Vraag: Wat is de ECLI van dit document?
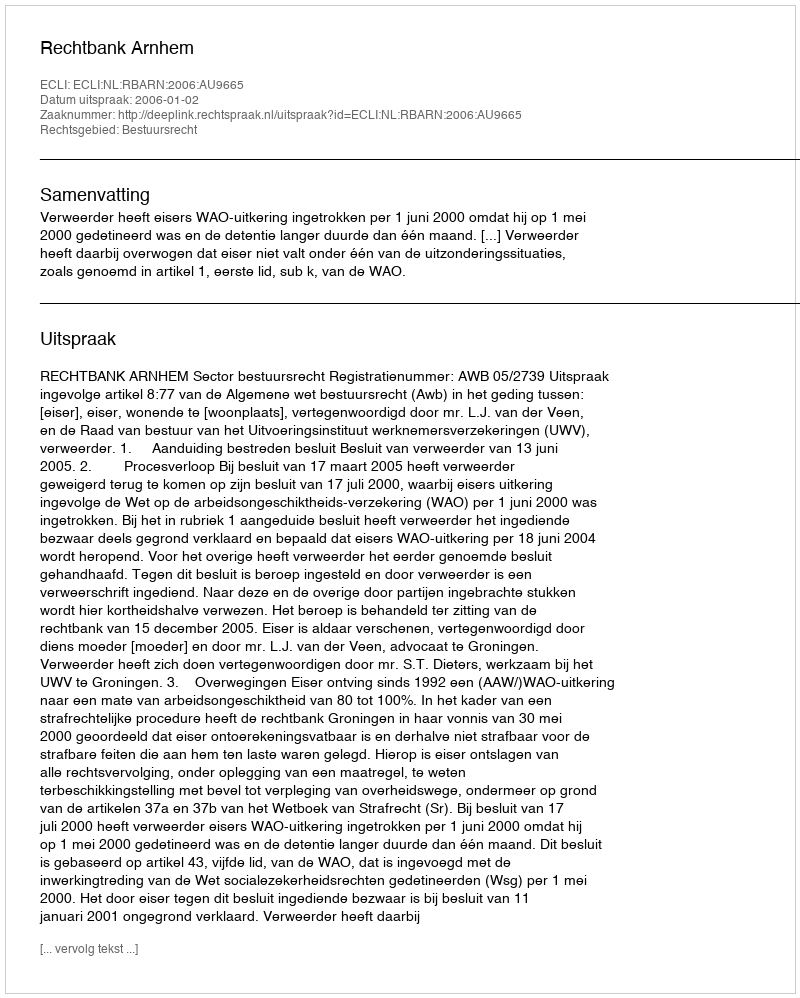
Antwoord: ECLI:NL:RBARN:2006:AU9665